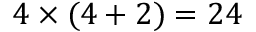
4 \times ( 4 + 2 ) = 2 4